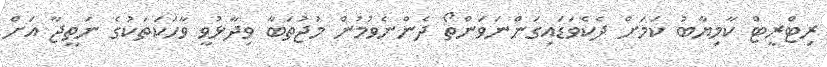
ރިޓްރީޓް ކާމިޔާބު ކަމަށް ދެކެވަޑައިގަންނަވަންތޯ ދެންނެވުމުން މުޖުތަބާ ވިދާޅުވީ ވާހަކަތަކުގެ ނަތީޖާ އަށް